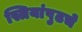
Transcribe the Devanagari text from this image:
स्त्रियांपुढचे